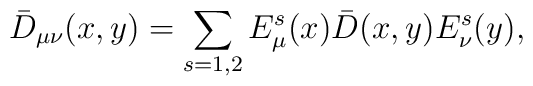
\bar{D}_{\mu\nu}(x,y)=\sum _{s=1,2}E_{\mu}^{s}(x)\bar{D}(x,y)E_{\nu}^{s}(y),